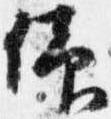
仰